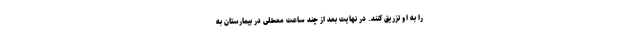
را به او تزریق کنند. در نهایت بعد از چند ساعت معطلی در بیمارستان به